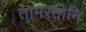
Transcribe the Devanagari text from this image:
तामरतोनि